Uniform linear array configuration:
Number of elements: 4
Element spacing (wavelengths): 1
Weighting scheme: exponential
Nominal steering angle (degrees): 15
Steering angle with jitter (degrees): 14.725
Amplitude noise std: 0.05
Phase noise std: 0.05

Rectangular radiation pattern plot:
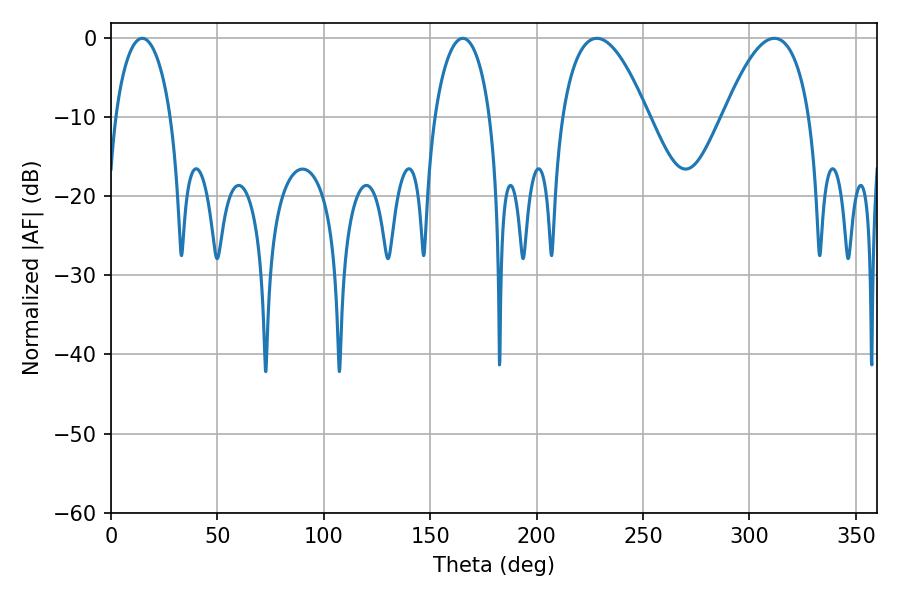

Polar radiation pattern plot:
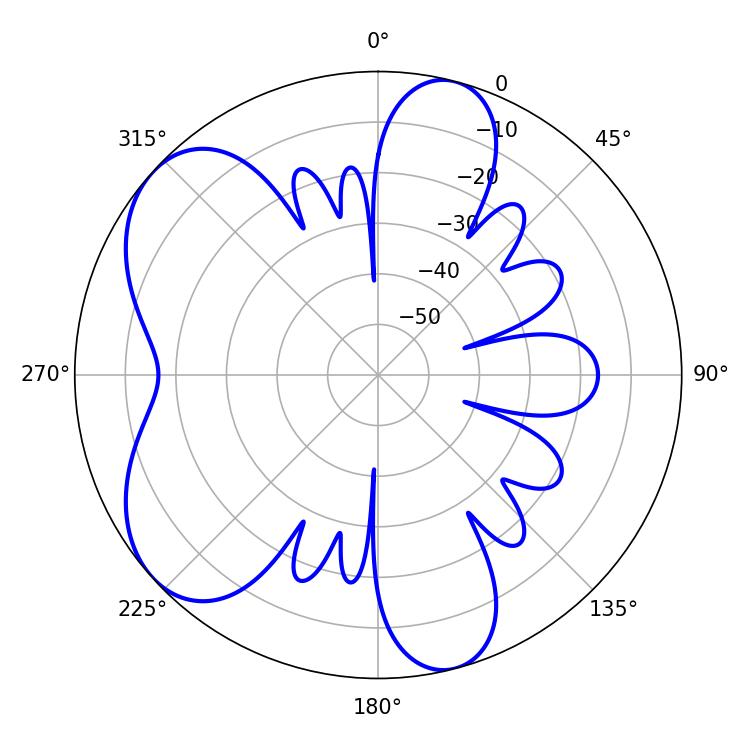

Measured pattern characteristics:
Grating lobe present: TRUE
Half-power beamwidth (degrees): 22.32
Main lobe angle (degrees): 228.24